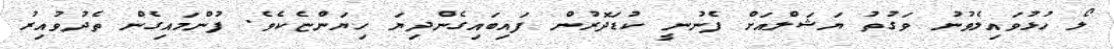
ލޯ ހުޅުވައިލެވުނު ވަގުތު ޔަޝަލްއަށް ފެނުނީ ކުޑަދޮރުން ފައިބައިގެންދިޔަ ހިޔަންޏެކެވެ. ފުންމައިގެން ތެދުވުއިރު